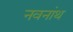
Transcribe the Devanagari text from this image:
नवनांथ